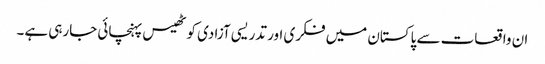
ان واقعات سے پاکستان میں فکری اور تدریسی آزادی کو ٹھیس پہنچائی جارہی ہے۔